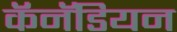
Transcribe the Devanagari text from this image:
कॅनॅडियन